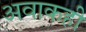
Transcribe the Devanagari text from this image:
अवाकही